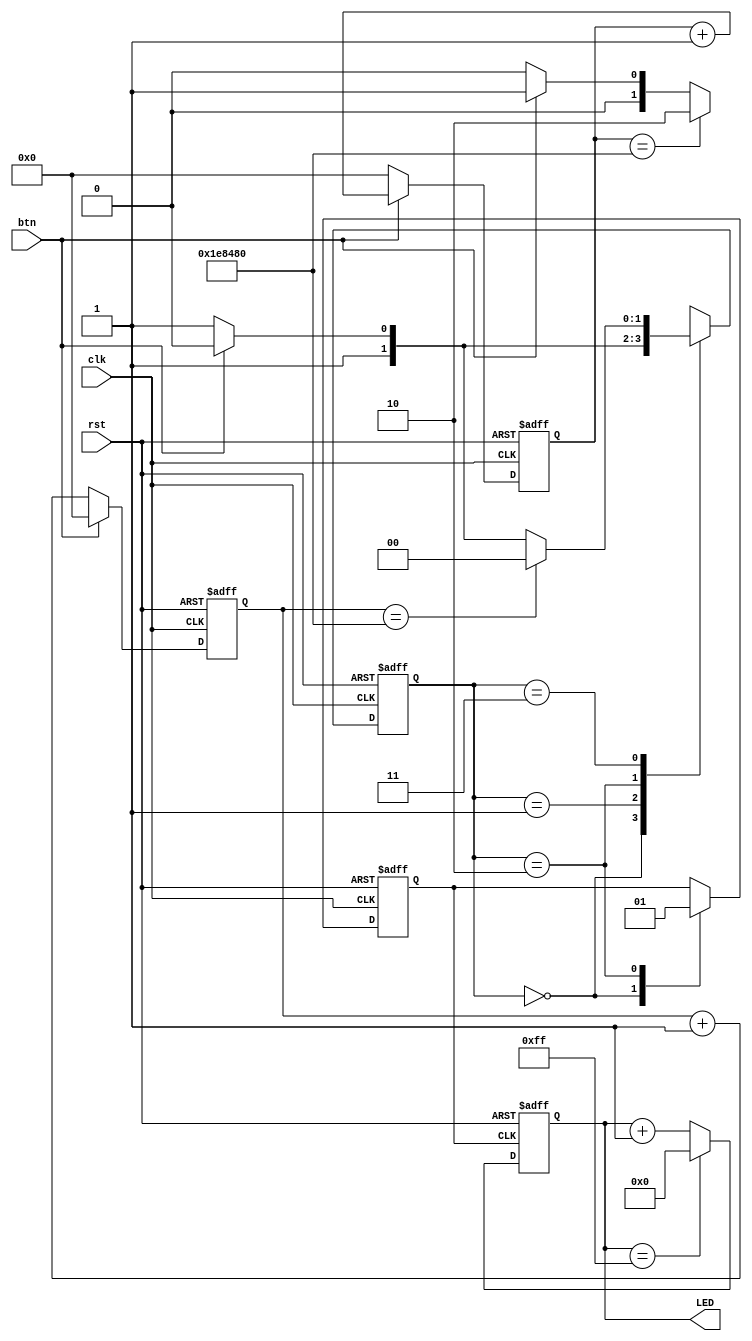
module debounce
(
    input  wire clk,
    input  wire rst,
    input  wire btn,
    output reg  [7:0] LED
);
wire rst_n = ~rst;
//狀態
localparam LOW         = 2'b00;
localparam HIGH_BOUNCE = 2'b01;
localparam HIGH        = 2'b10;
localparam LOW_BOUNCE  = 2'b11;
//狀態存取
reg debounce_out;
reg [1:0] STA;
//狀態機
always @(posedge clk or negedge rst_n)
begin
    if(!rst_n)
    begin
        debounce_out <= 1'b0;
        STA <= LOW;
    end
    else
    begin
        case (STA)
            LOW :
            begin
                debounce_out <= 1'b0;
                STA <= btn ? HIGH_BOUNCE : LOW;
            end
            HIGH_BOUNCE :
            begin
                STA <= (HIGH_count == 'd2000000) ? HIGH : btn ? HIGH_BOUNCE : LOW;
            end
            HIGH :
            begin
                debounce_out <= 1'b1;
                STA <= btn ? HIGH : LOW_BOUNCE;
            end
            LOW_BOUNCE :
            begin
                STA <= (LOW_count == 'd2000000) ? LOW : btn ? HIGH : LOW_BOUNCE;
            end
            default:
            begin
                STA <= LOW;
            end 
        endcase
    end
end
//bounce穩定計時器
reg [20:0] HIGH_count;
reg [20:0] LOW_count;
always@(posedge clk or negedge rst_n)
begin
    if(!rst_n)
    begin
        HIGH_count <= 'd0;
        LOW_count  <= 'd0;
    end
    else
    begin
        HIGH_count <= HIGH_BOUNCE ? btn ? HIGH_count + 1'b1 : 'd0 : 'd0;
        LOW_count  <= LOW_BOUNCE  ? btn ? 'd0 : LOW_count + 1'b1  : 'd0;
    end
end
//LED輸出
always @(posedge debounce_out or negedge rst_n)
begin
    if(!rst_n)
    begin
        LED <= 'd0;
    end
    else
    begin
        LED <= (LED == 8'b11111111) ? 'd0 : LED + 1'b1;
    end
end
endmodule